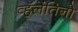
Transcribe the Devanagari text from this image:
व्हॅलेंतिनो